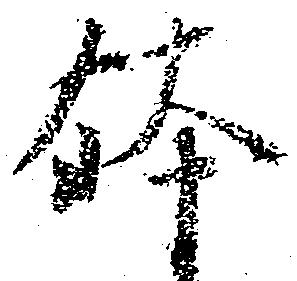
鉢